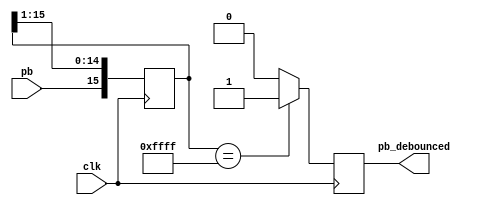
module debounce #(parameter width = 16) (
	output reg pb_debounced, 
	input wire pb, 
	input wire clk
	);
//Taken from Donald Hung's website

localparam shift_max = (2**width)-1;

reg [width-1:0] shift;

always @ (posedge clk)
begin
	shift[width-2:0] <= shift[width-1:1];
	shift[width-1] <= pb;
	if (shift == shift_max)
		pb_debounced <= 1'b1;
	else
		pb_debounced <= 1'b0;
end
endmodule